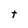
Character: t